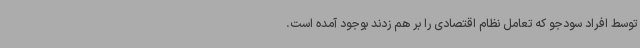
توسط افراد سودجو که تعامل نظام اقتصادی را بر هم زدند بوجود آمده است.